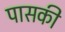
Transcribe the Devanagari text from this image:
पासकी